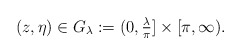
\begin{align*} (z, \eta) \in G_\lambda := (0, \tfrac{\lambda}{\pi}] \times [\pi, \infty). \end{align*}